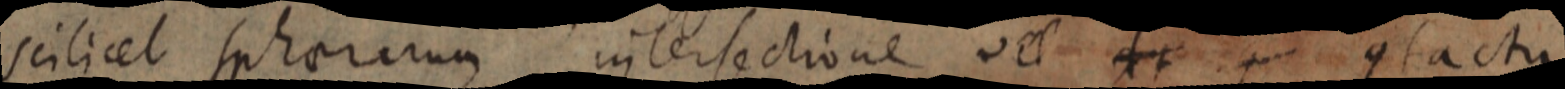
scilicet sphaericum intersectione vel _ contactu